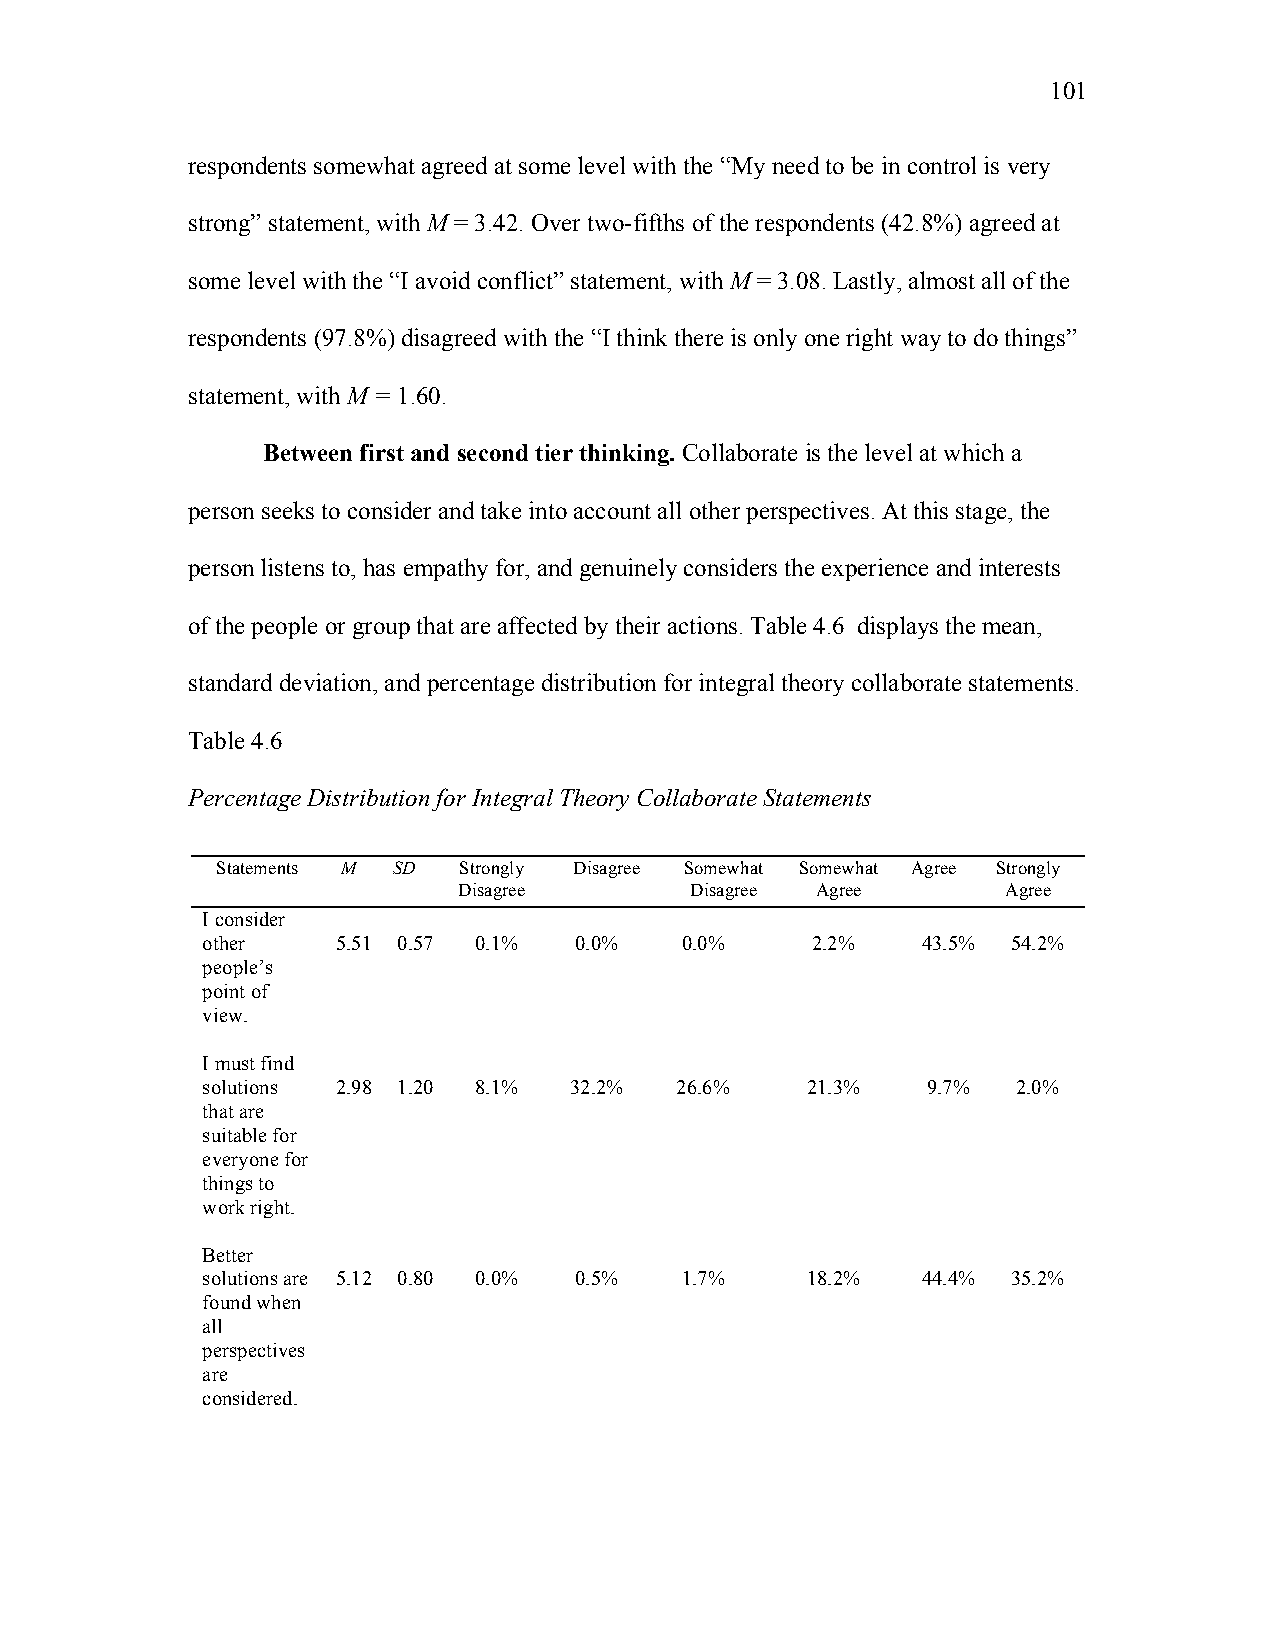
101
 respondents somewhat agreed at some level with the “My need to be in control is very
 strong” statement, with M = 3.42. Over two-fifths of the respondents (42.8%) agreed at
 some level with the “I avoid conflict” statement, with M = 3.08. Lastly, almost all of the
 respondents (97.8%) disagreed with the “I think there is only one right way to do things”
 statement, with M = 1.60.
 Between first and second tier thinking. Collaborate is the level at which a
 person seeks to consider and take into account all other perspectives. At this stage, the
 person listens to, has empathy for, and genuinely considers the experience and interests
 of the people or group that are affected by their actions. Table 4.6 displays the mean,
 standard deviation, and percentage distribution for integral theory collaborate statements.
 Table 4.6
 Percentage Distribution for Integral Theory Collaborate Statements
 Statements M SD Strongly Disagree Somewhat Somewhat Agree Strongly
 Disagree        Disagree Agree       Agree
 I consider
 other    5.51 0 . 57 0.1% 0.0%  0.0%     2.2%   43.5% 54.2%
 people’s
 point of
 view.
 I must find
 solutions 2.98 1.20 8.1% 32.2%  26.6%   21.3%   9.7%  2.0%
 that are
 suitable for
 everyone for
 things to
 work right.
 Better
 solutions are 5.12 0 . 80 0.0% 0.5% 1.7% 18.2%  44.4% 35.2%
 found when
 all
 perspectives
 are
 considered.